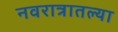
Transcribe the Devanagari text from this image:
नवरात्रातल्या